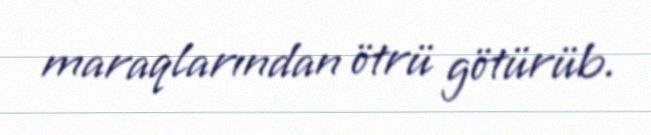
maraqlarından ötrü götürüb.